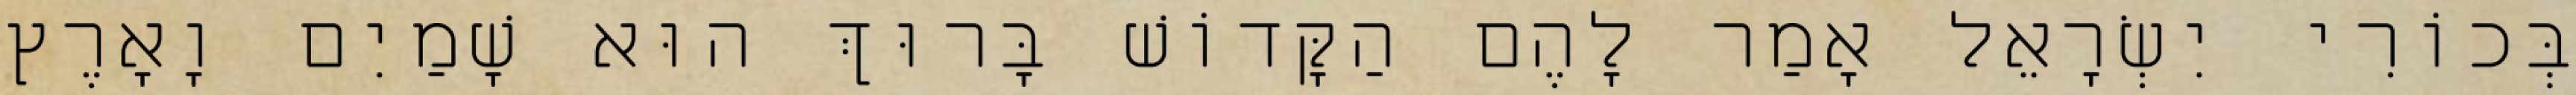
בְּכוֹרִי יִשְׂרָאֵל אָמַר לָהֶם הַקָּדוֹשׁ בָּרוּךְ הוּא שָׁמַיִם וָאָרֶץ